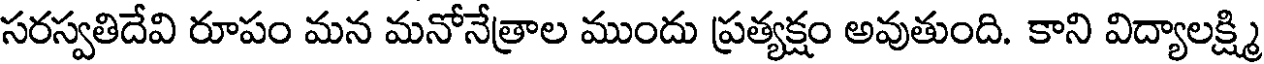
సరస్వతిదేవి రూపం మన మనోనేత్రాల ముందు ప్రత్యక్షం అవుతుంది. కాని విద్యాలక్ష్మి